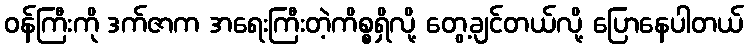
ဝန်ကြီးကို ဒက်ဇာက အရေးကြီးတဲ့ကိစ္စရှိလို့ တွေ့ချင်တယ်လို့ ပြောနေပါတယ်